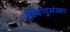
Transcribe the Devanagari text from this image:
जीवणुसंख्या